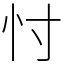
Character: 忖